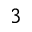
3